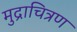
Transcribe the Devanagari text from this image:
मुद्राचित्रण